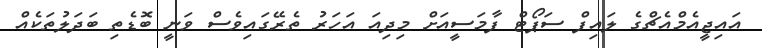
އައިޖީއެމްއެޗްގެ ލައިފް ސަޕޯޓް ފާމަސީއަށް މިދިއަ އަހަރު ތެރޭގައިވެސް ވަނީ ބޮޑެތި ބަދަލުތަކެއް